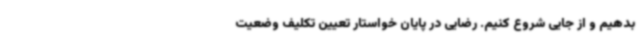
بدهیم و از جایی شروع کنیم. رضایی در پایان خواستار تعیین تکلیف وضعیت